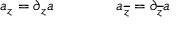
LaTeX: a _ { z } = \partial _ { z } a \qquad \qquad a _ { \overline { { { z } } } } = \partial _ { \overline { { { z } } } } a